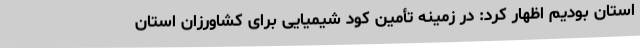
استان بودیم اظهار کرد: در زمینه تأمین کود شیمیایی برای کشاورزان استان